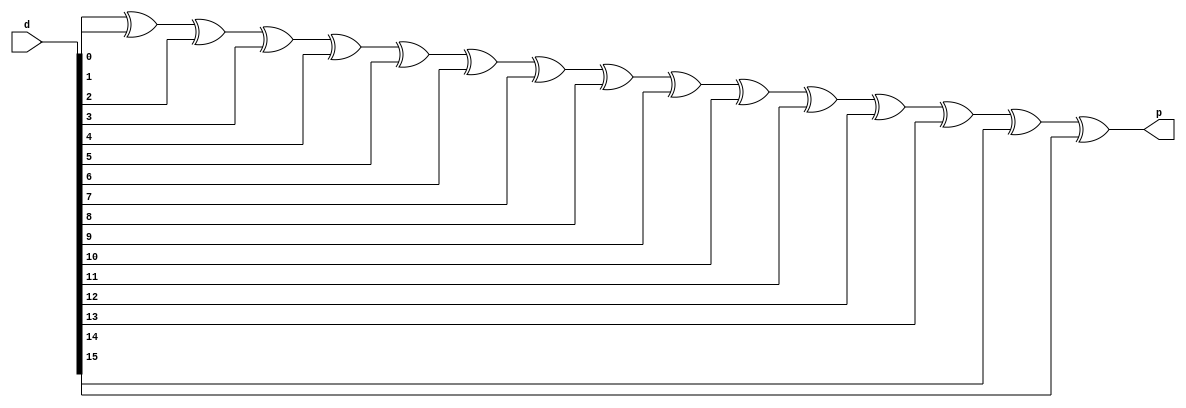
module check(d,p);
  parameter m=16;
  input [m-1:0]d;
  output p;

function  xor_1bt(input A,B);
  xor_1bt=A^B;
endfunction  
  
function  parity(input [m-1:0]d);
  integer i;
  begin
    parity=0;
    for(i=0;i<=m-1;i=i+1)
    parity=xor_1bt(parity,d[i]);
  end
endfunction

assign p=parity(d);
  
endmodule